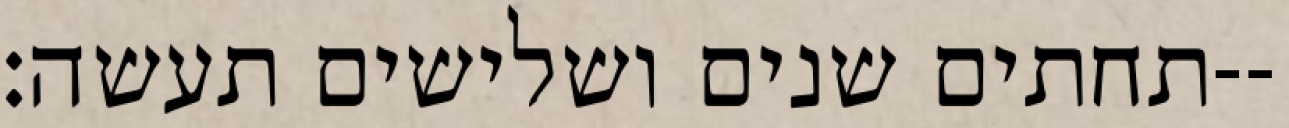
תחתים שנים ושלישים תעשה׃--